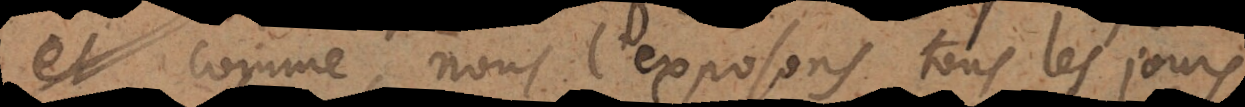
vie, comme nous l’exposons tous les jours,